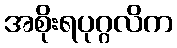
အစိုးရပုဂ္ဂလိက